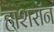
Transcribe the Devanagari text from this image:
हाशरॉन